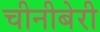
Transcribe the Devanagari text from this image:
चीनीबेरी